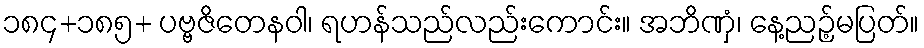
၁၈၄+၁၈၅+ ပဗ္ဗဇိတေနဝါ၊ ရဟန်သည်လည်းကောင်း။ အဘိဏှံ၊ နေ့ညဉ့်မပြတ်။